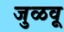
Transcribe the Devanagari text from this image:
जुळवू